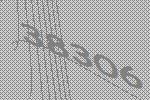
38306